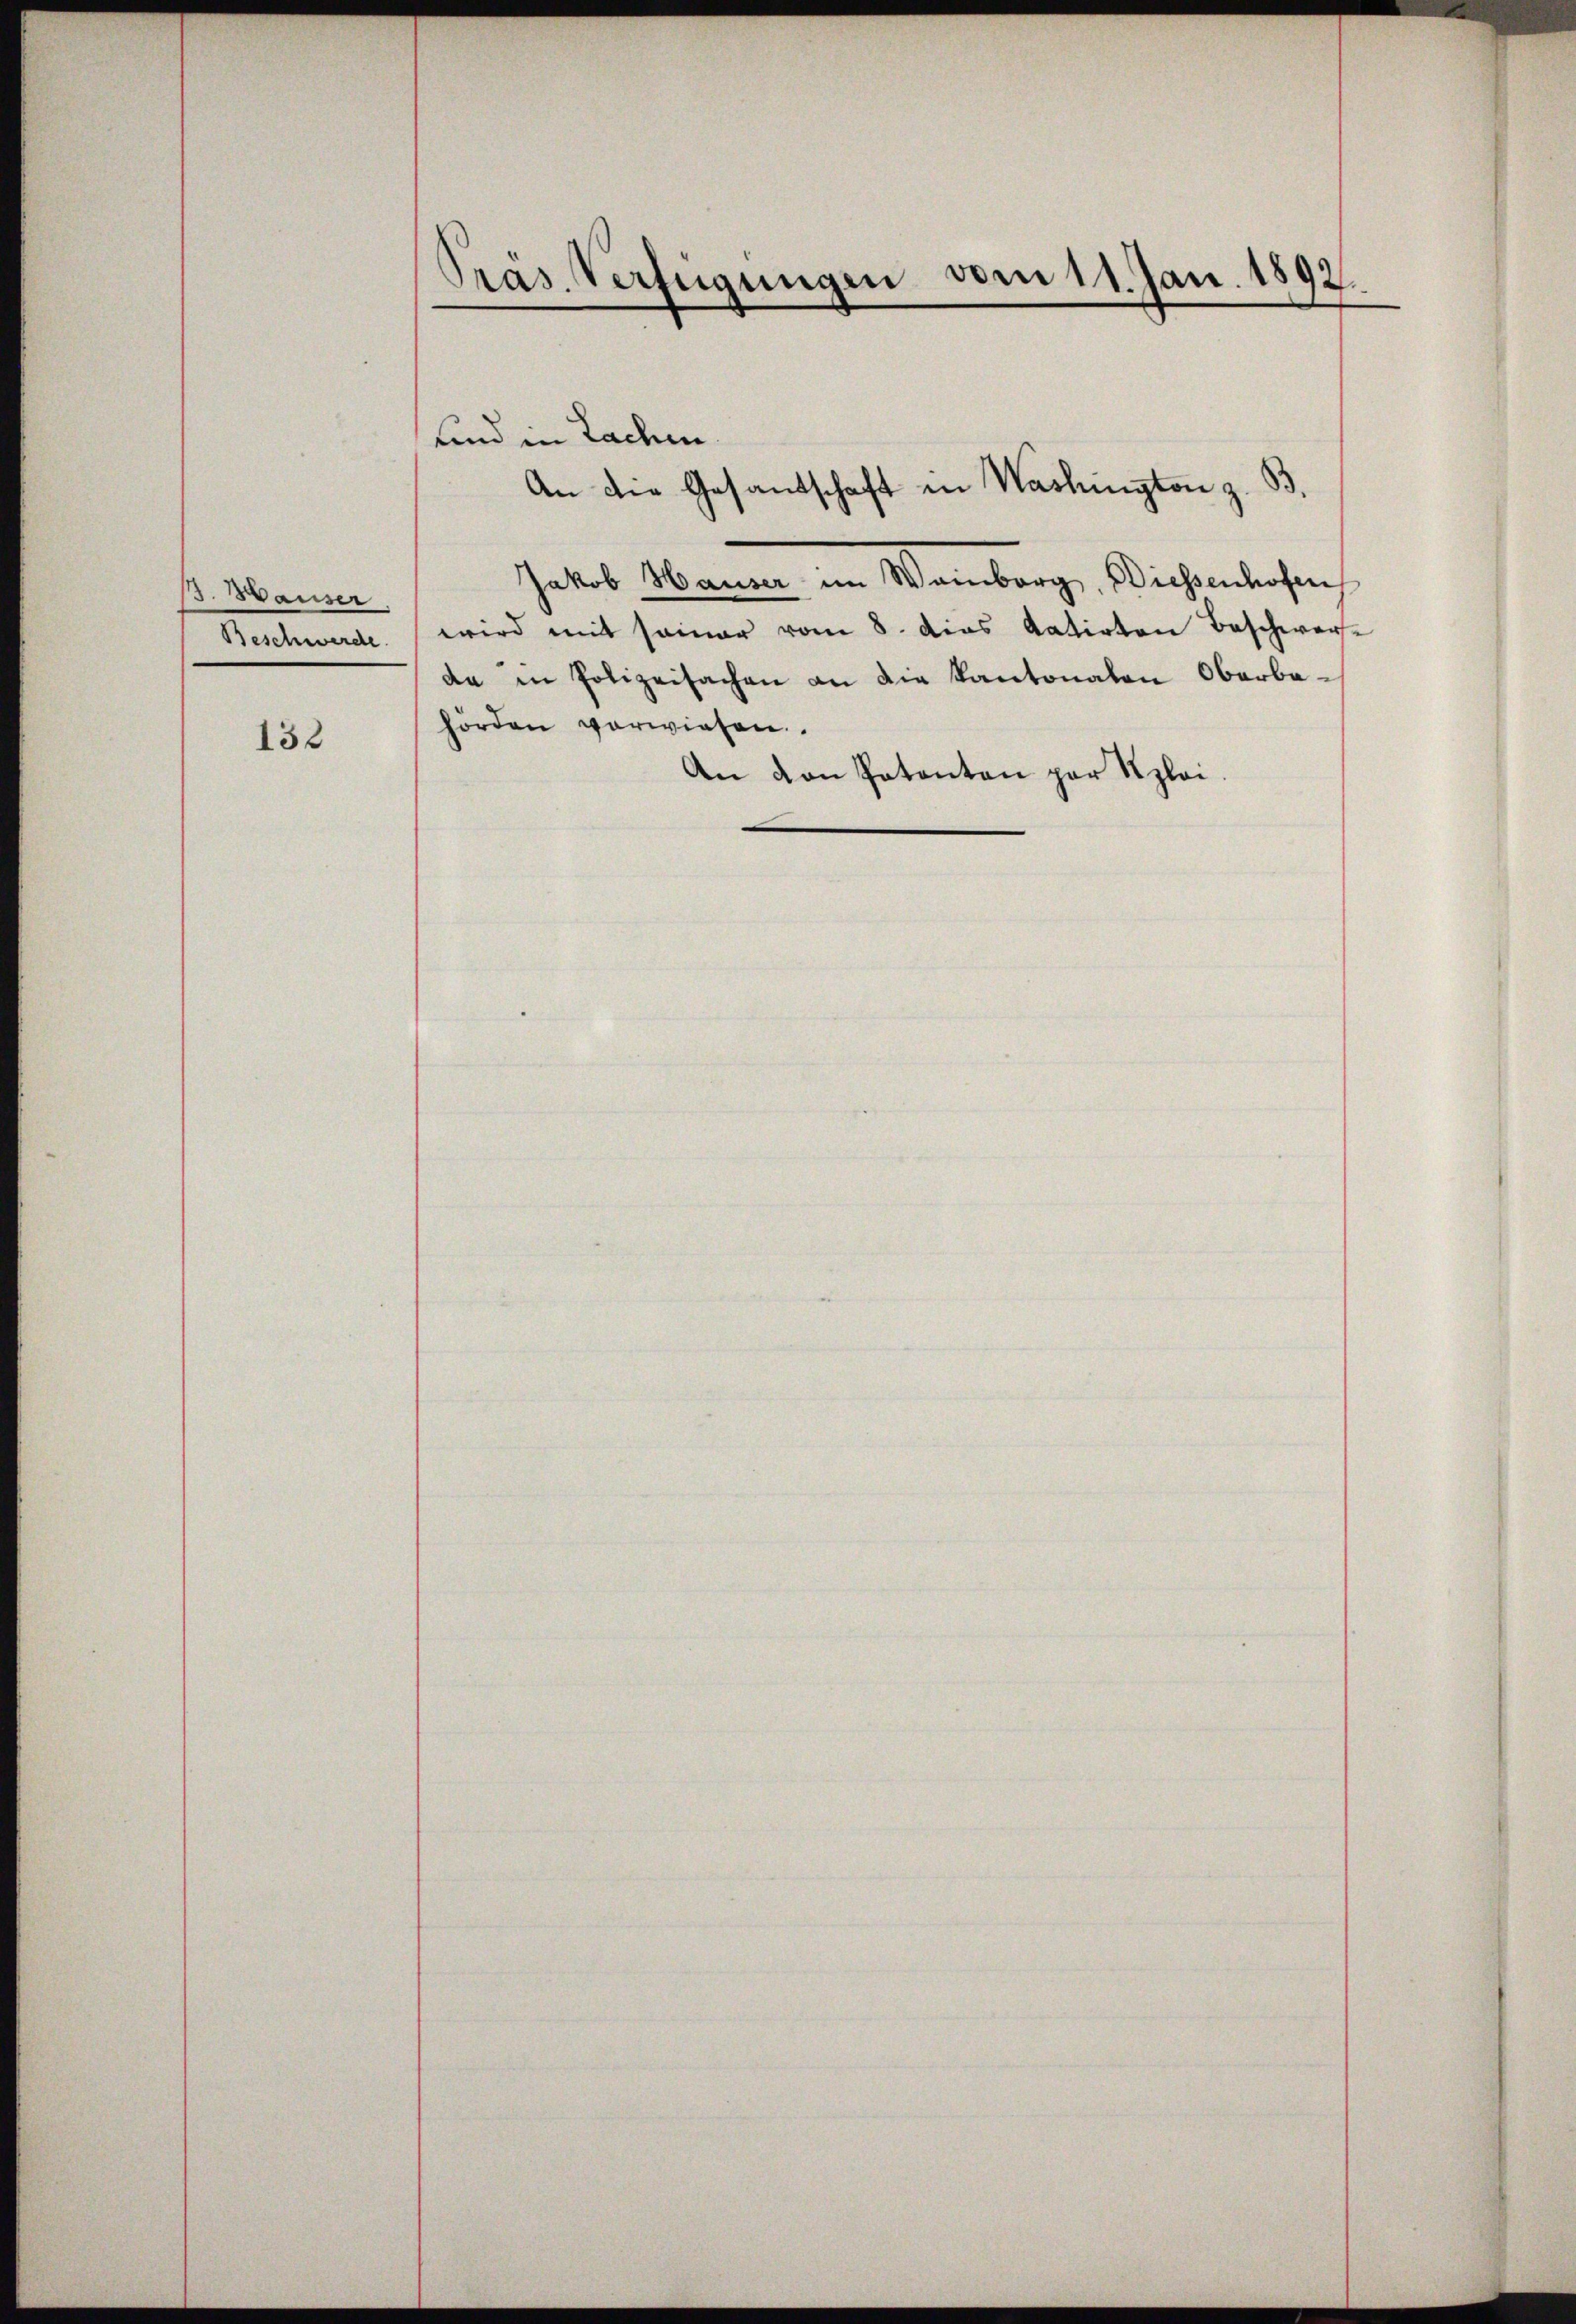
13. Hauser
Beschwerde.

132

Präs. Verfügungen vom 11. Jan. 1892.

sind in Lachen.
Jakob Hauser im Weinberg, Diessenhofen
wird mit seiner vom 8. das datirten Beschwerfe
da in Polizeisachen an die Kantonalen Oberbahörden verwiesen.
An von Patenten par Uzloi.

An die Gesandschaft in Washington z. B.